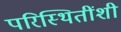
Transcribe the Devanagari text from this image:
परिस्थितींशी